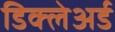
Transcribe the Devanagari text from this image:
डिक्‍लेअर्ड